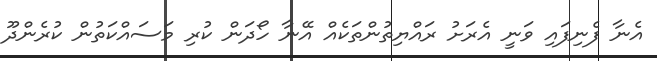
އެނާ ފެނިފައި ވަނީ އެރަށު ރައްޔިތުންތަކެއް އޭނާ ހޯދަން ކުރި މަސައްކަތުން ކުރެންދޫ